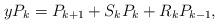
LaTeX: \begin{align*}y P_{k}= P_{k+1} + S_{k} P_{k} + R_{k} P_{k-1}, \end{align*}